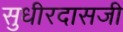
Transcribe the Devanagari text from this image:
सुधीरदासजी